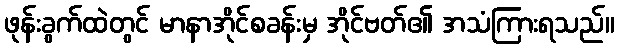
ဖုန်းခွက်ထဲတွင် မာနာအိုင်စခန်းမှ အိုင်ဗတ်၏ အသံကြားရသည်။